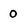
Character: 0